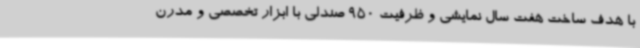
با هدف ساخت هفت سال نمایشی و ظرفیت 950 صندلی با ابزار تخصصی و مدرن